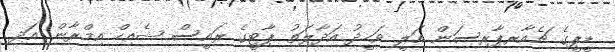
ޑީޕީގެ ޗެއާރޕާރސަން އަލީ ވަހީދު އަދާލަތު ޕާޓީގެ ރައީސް ޝެއިހް އިމްރާން އަދި